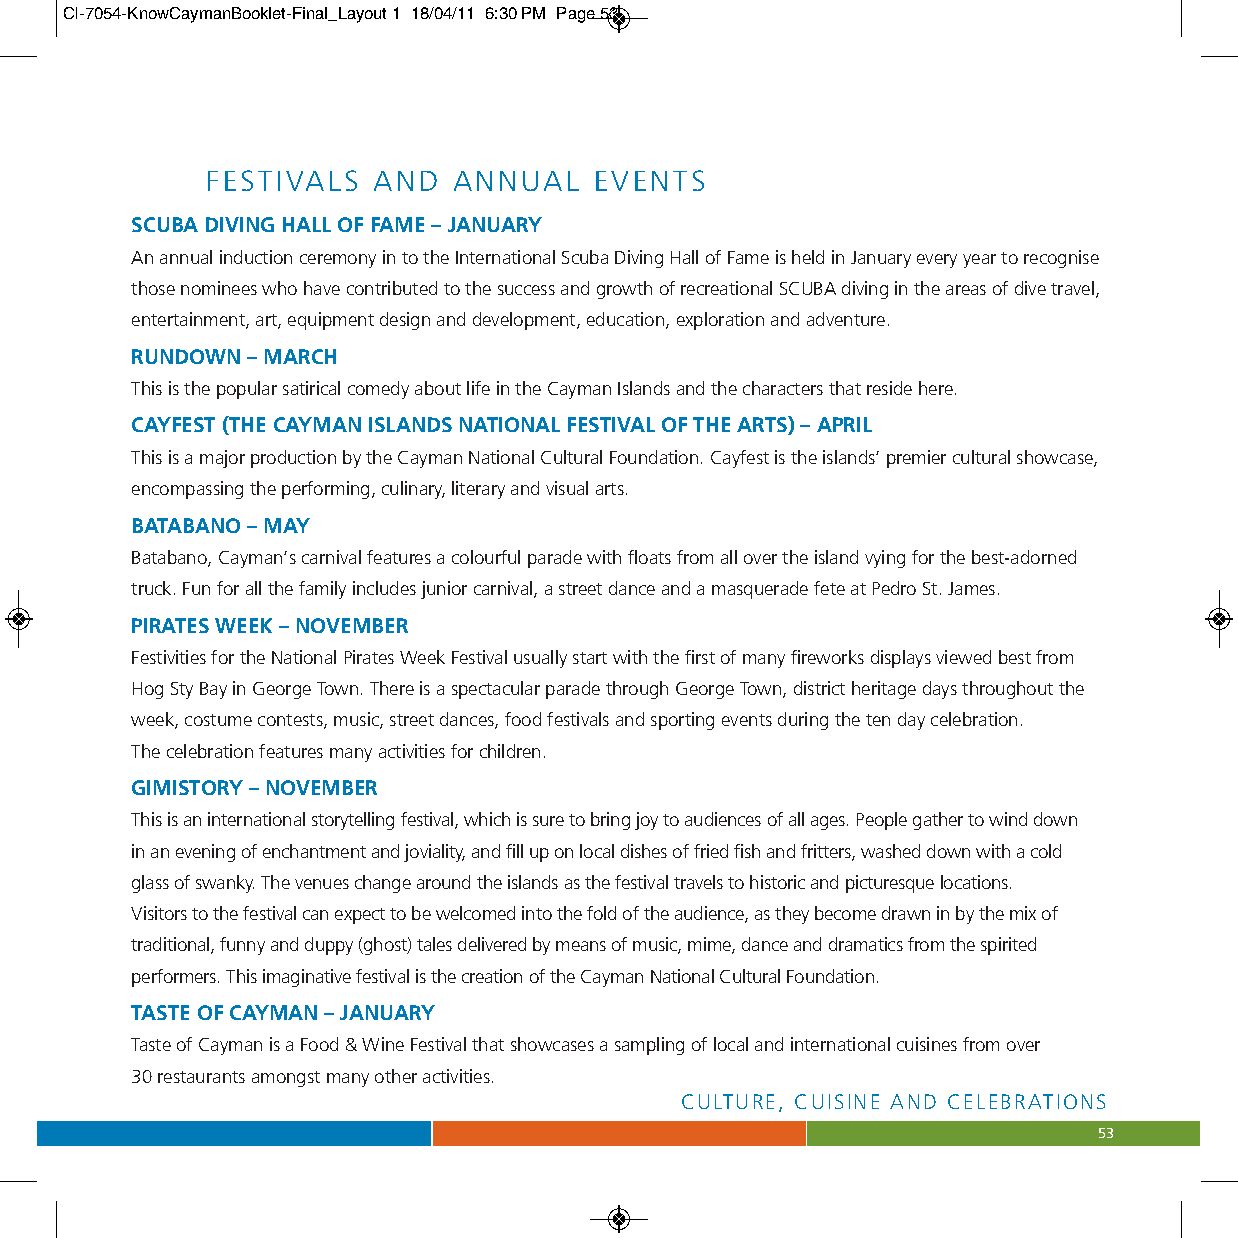
CI-7054-KnowCaymanBooklet-Final_Layout 1 18/04/11 6:30 PM Page 53
 FESTIVALS  AND  ANNUAL   EVENTS
 SCUBA DIVING HALL OF FAME –JANUARY
 An annual induction ceremony in to the International Scuba Diving Hall of Fame is held in January every year to recognise
 those nominees who have contributed to the success and growth of recreational SCUBA diving in the areas of dive travel,
 entertainment, art, equipment design and development, education, exploration and adventure.
 RUNDOWN – MARCH
 This is the popular satirical comedy about life in the Cayman Islands and the characters that reside here.
 CAYFEST (THE CAYMAN ISLANDS NATIONAL FESTIVAL OF THE ARTS) –APRIL
 This is a major production by the Cayman National Cultural Foundation. Cayfest is the islands’ premier cultural showcase,
 encompassing the performing, culinary, literary and visual arts.
 BATABANO –MAY
 Batabano, Cayman’s carnival features a colourful parade with floats from all over the island vying for the best-adorned
 truck. Fun for all the family includes junior carnival, a street dance and a masquerade fete at Pedro St. James.
 PIRATES WEEK –NOVEMBER
 Festivities for the National Pirates Week Festival usually start with the first of many fireworks displays viewed best from
 Hog Sty Bay in George Town. There is a spectacular parade through George Town, district heritage days throughout the
 week, costume contests, music, street dances, food festivals and sporting events during the ten day celebration.
 The celebration features many activities for children.
 GIMISTORY –NOVEMBER
 This is an international storytelling festival, which is sure to bring joy to audiences of all ages. People gather to wind down
 in an evening of enchantment and joviality, and fill up on local dishes of fried fish and fritters, washed down with a cold
 glass of swanky. The venues change around the islands as the festival travels to historic and picturesque locations.
 Visitors to the festival can expect to be welcomed into the fold of the audience, as they become drawn in by the mix of
 traditional, funny and duppy (ghost) tales delivered by means of music, mime, dance and dramatics from the spirited
 performers. This imaginative festival is the creation of the Cayman National Cultural Foundation.
 TASTE OF CAYMAN – JANUARY
 Taste of Cayman is a Food & Wine Festival that showcases a sampling of local and international cuisines from over
 30 restaurants amongst many other activities.
 CULTURE, CUISINE AND CELEBRATIONS
 53